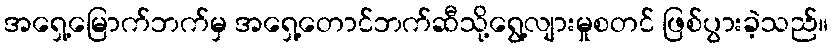
အရှေ့မြောက်ဘက်မှ အရှေ့တောင်ဘက်ဆီသို့ရွေ့လျားမှုစတင် ဖြစ်ပွားခဲ့သည်။